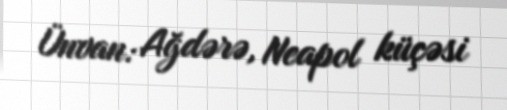
Ünvan: Ağdərə, Neapol küçəsi